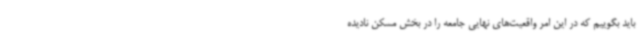
باید بگوییم که در این امر واقعیت‌های نهایی جامعه را در بخش مسکن نادیده